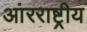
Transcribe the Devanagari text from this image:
आंरराष्ट्रीय